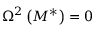
\Omega ^ { 2 } \left( M ^ { * } \right) = 0